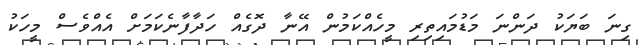
ގިނަ ބަޔަކު ދަންނަ މަޑުމައިތިރި މީހެއްކަމުން އޭނާ ދޮގެއް ހަދާފާނެކަމަށް އެއްވެސް މީހަކު